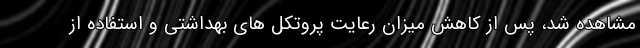
مشاهده شد، پس از کاهش میزان رعایت پروتکل های بهداشتی و استفاده از